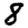
Digit: 8